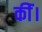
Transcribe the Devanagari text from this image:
कींं।